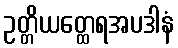
ဥတ္တိယတ္ထေရအပဒါနံ